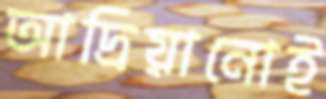
আদ্রিয়ানোই